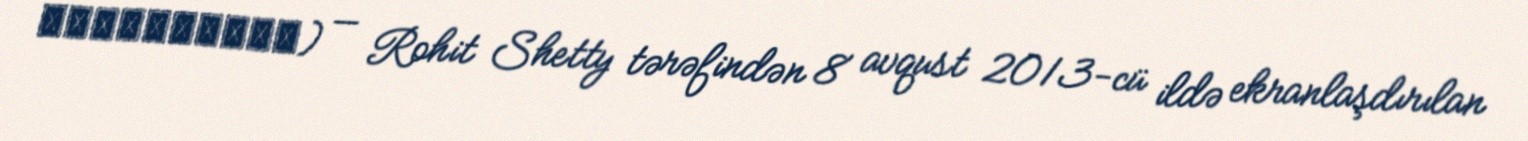
எக்ஸ்பிரஸ்) — Rohit Shetty tərəfindən 8 avqust 2013-cü ildə ekranlaşdırılan